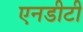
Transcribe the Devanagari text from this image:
एनडीटी